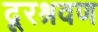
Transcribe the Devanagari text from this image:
दूरश्रवण